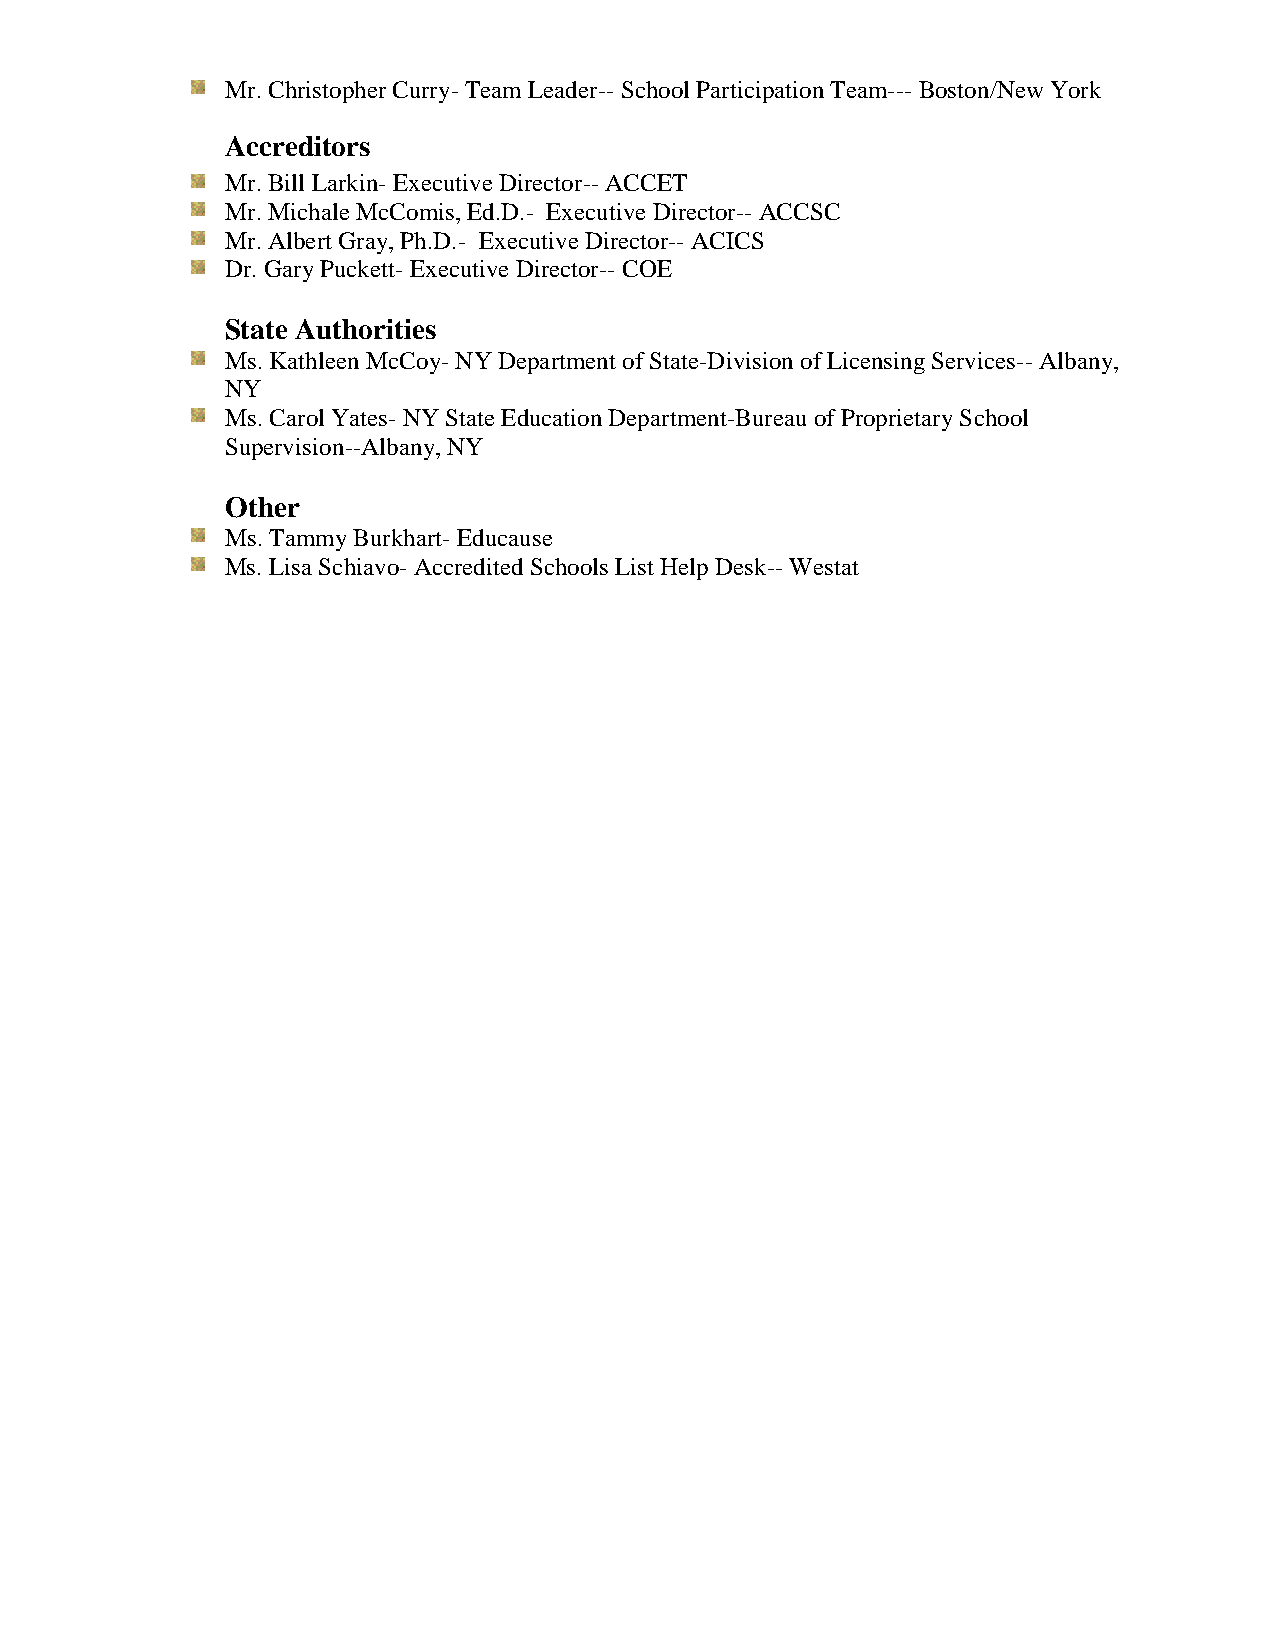
Mr. Christopher Curry- Team Leader-- School Participation Team--- Boston/New York
 Accreditors
 Mr. Bill Larkin- Executive Director-- ACCET
 Mr. Michale McComis, Ed.D.- Executive Director-- ACCSC
 Mr. Albert Gray, Ph.D.- Executive Director-- ACICS
 Dr. Gary Puckett- Executive Director-- COE
 State Authorities
 Ms. Kathleen McCoy- NY Department of State-Division of Licensing Services-- Albany,
 NY
 Ms. Carol Yates- NY State Education Department-Bureau of Proprietary School
 Supervision--Albany, NY
 Other
 Ms. Tammy Burkhart- Educause
 Ms. Lisa Schiavo- Accredited Schools List Help Desk-- Westat